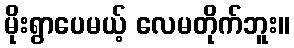
မိုးရွာပေမယ့် လေမတိုက်ဘူး။